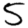
Digit: 5